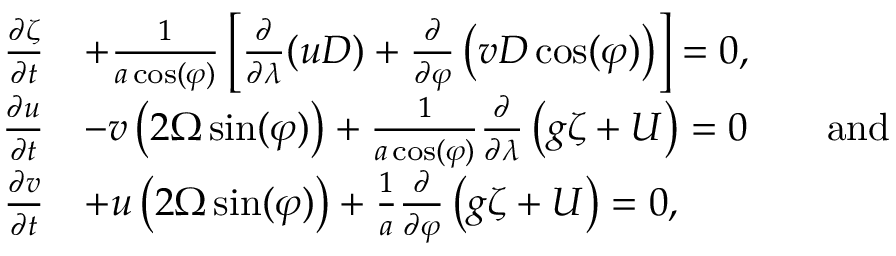
{ \begin{array} { r l } { { \frac { \partial \zeta } { \partial t } } } & { + { \frac { 1 } { a \cos ( \varphi ) } } \left[ { \frac { \partial } { \partial \lambda } } ( u D ) + { \frac { \partial } { \partial \varphi } } \left( v D \cos ( \varphi ) \right) \right] = 0 , } \\ { { \frac { \partial u } { \partial t } } } & { - v \left( 2 \Omega \sin ( \varphi ) \right) + { \frac { 1 } { a \cos ( \varphi ) } } { \frac { \partial } { \partial \lambda } } \left( g \zeta + U \right) = 0 \qquad { \mathrm { a n d } } } \\ { { \frac { \partial v } { \partial t } } } & { + u \left( 2 \Omega \sin ( \varphi ) \right) + { \frac { 1 } { a } } { \frac { \partial } { \partial \varphi } } \left( g \zeta + U \right) = 0 , } \end{array} }